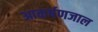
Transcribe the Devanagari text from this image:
आकर्षणजाल